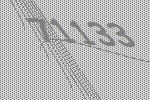
71133